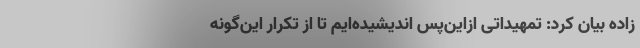
زاده بیان کرد: تمهیداتی ازاین‌پس اندیشیده‌ایم تا از تکرار این‌گونه